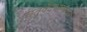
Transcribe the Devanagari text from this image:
चतुर्वेदभाष्यकर्ता